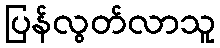
ပြန်လွတ်လာသူ